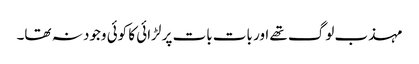
مہذب لوگ تھے اور بات بات پر لڑائی کا کوئی وجود نہ تھا۔